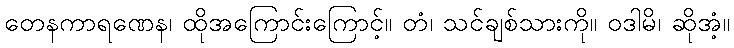
တေနကာရဏေန၊ ထိုအကြောင်းကြောင့်။ တံ၊ သင်ချစ်သားကို။ ဝဒါမိ၊ ဆိုအံ့။